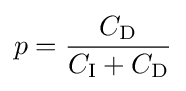
p={\frac {C_{\rm {D}}}{C_{\rm {I}}+C_{\rm {D}}}}